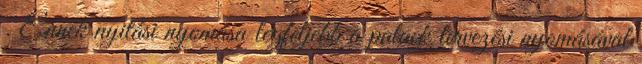
. Ennek nyitási nyomása legfeljebb a palack tervezési nyomásával